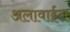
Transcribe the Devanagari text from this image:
अलावाईत